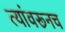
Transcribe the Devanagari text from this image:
त्यांवरूनच